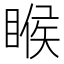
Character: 睺